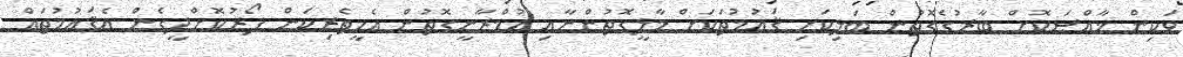
ވަކިން ޚާއްޞަކޮށް ބާރުގެގޮތުން ބަލިކަށި ޤައުމުތަކަށް މާލީގޮތުންނާއި އުމްރާނީގޮތުން އެހީތެރިކަން ފޯރުކޮށްދީގެން އެޤައުމުތައް